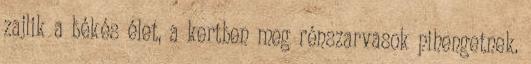
zajlik a békés élet, a kertben meg rénszarvasok pihengetnek.